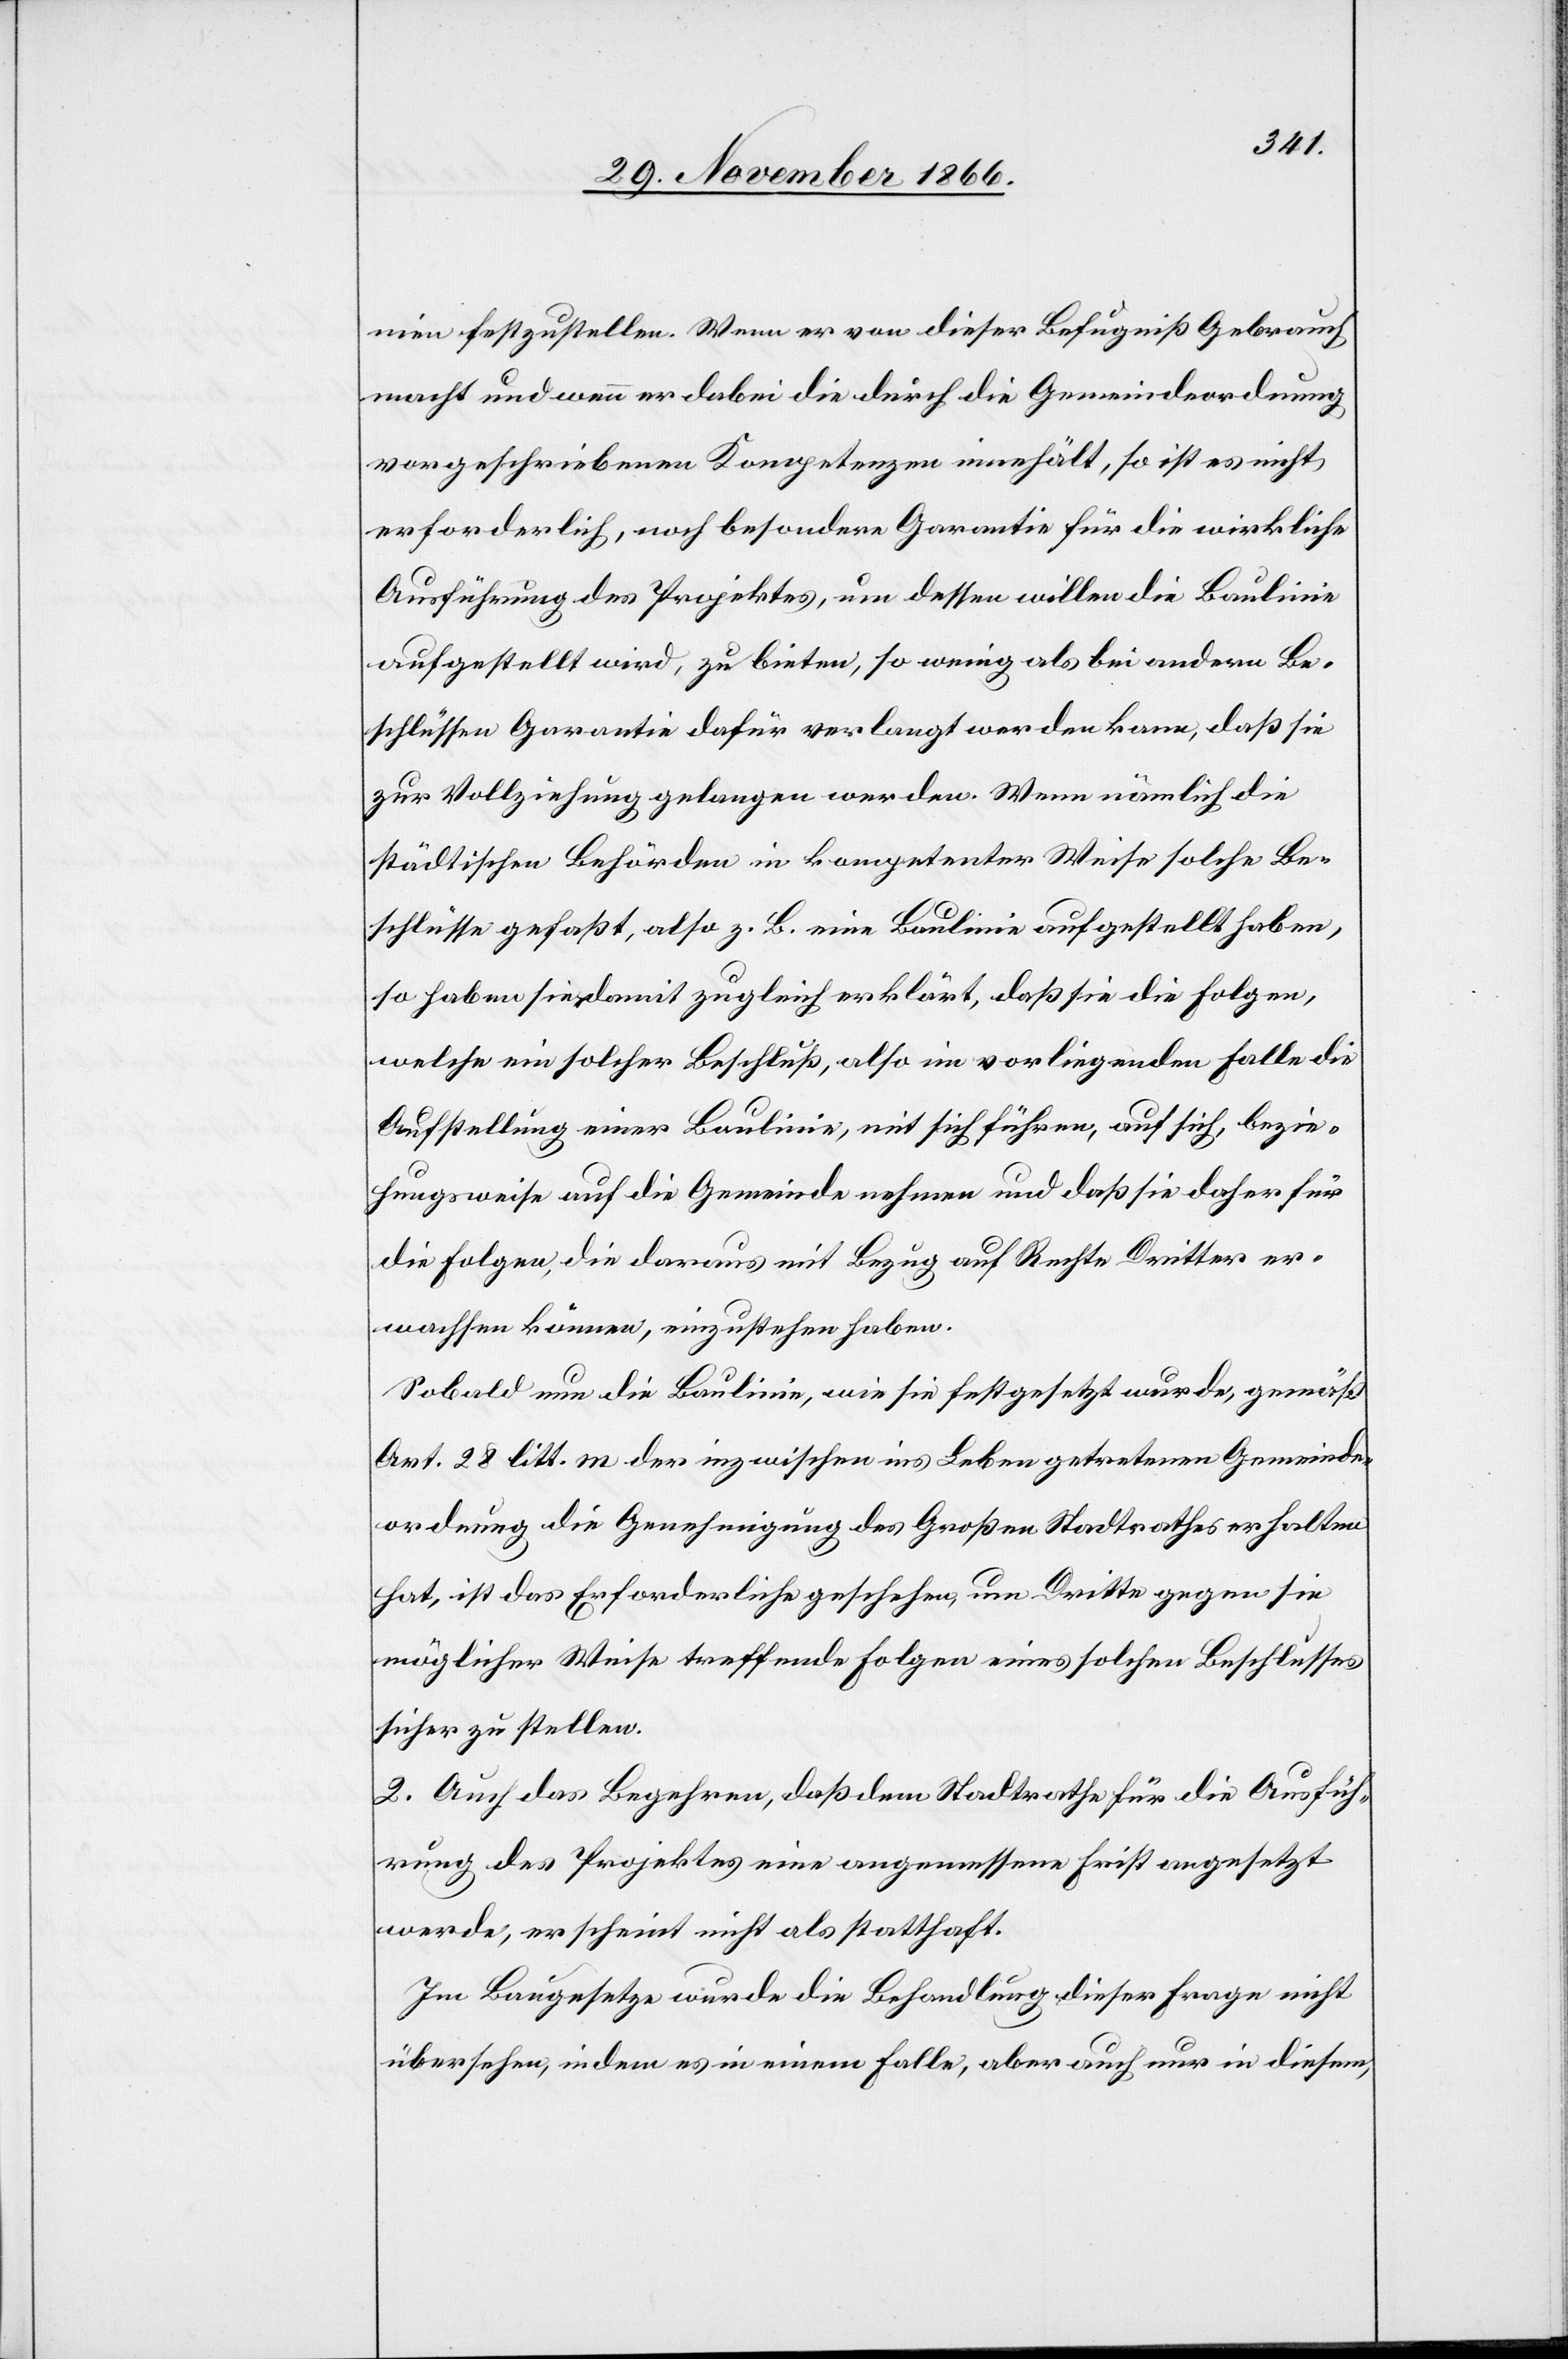
nien festzustellen. Wenn er von dieser Befugniß Gebrauch
macht und wenn er dabei die durch die Gemeindeordnung
vorgeschriebenen Kompetenzen innehält, so ist es nicht
erforderlich, noch besondere Garantie für die wirkliche
Ausführung des Projektes, um dessen willen die Baulinie
aufgestellt wird, zu bieten, so wenig als bei andern Be¬
schlüssen Garantie dafür verlangt werden kann, daß sie
zur Vollziehung gelangen werden. Wenn nämlich die
städtischen Behörden in kompetenter Weise solche Be¬
schlüsse gefaßt, also z. B. eine Baulinie aufgestellt haben,
so haben sie damit zugleich erklärt, daß sie die Folgen,
welche ein solcher Beschluß, also im vorliegenden Falle die
Aufstellung einer Baulinie, mit sich führen, auf sich, bezie¬
hungsweise auf die Gemeinde nehmen und daß sie daher für
die Folgen, die daraus mit Bezug auf Rechte Dritter er¬
wachsen können, einzustehen haben.
Sobald nun die Baulinie, wie sie festgesetzt wurde, gemäß
Art. 28 litt. m der inzwischen ins Leben getretenen Gemeinde¬
ordnung die Genehmigung des Großen Stadtrathes erhalten
hat, ist das Erforderliche geschehen, um Dritte gegen sie
möglicher Weise treffende Folgen eines solchen Beschlusses
sicher zu stellen.
2. Auch das Begehren, daß dem Stadtrathe für die Ausfüh¬
rung des Projektes eine angemessene Frist angesetzt
werde, erscheint nicht als statthaft.
Im Baugesetze wurde die Behandlung dieser Frage nicht
übersehen, indem es in einem Falle, aber auch nur in diesem,